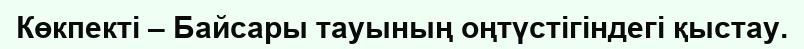
Көкпекті – Байсары тауының оңтүстігіндегі қыстау.